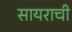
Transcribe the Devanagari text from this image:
सायराची